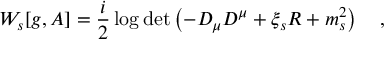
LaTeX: W _ { s } [ g , A ] = \frac i 2 \log \operatorname * { d e t } \left( - D _ { \mu } D ^ { \mu } + \xi _ { s } R + m _ { s } ^ { 2 } \right) ~ ~ ~ ,